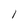
Character: 1